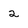
Character: 2